Medical and sanitary report of the native army of Bengal for the year
Year: 1877
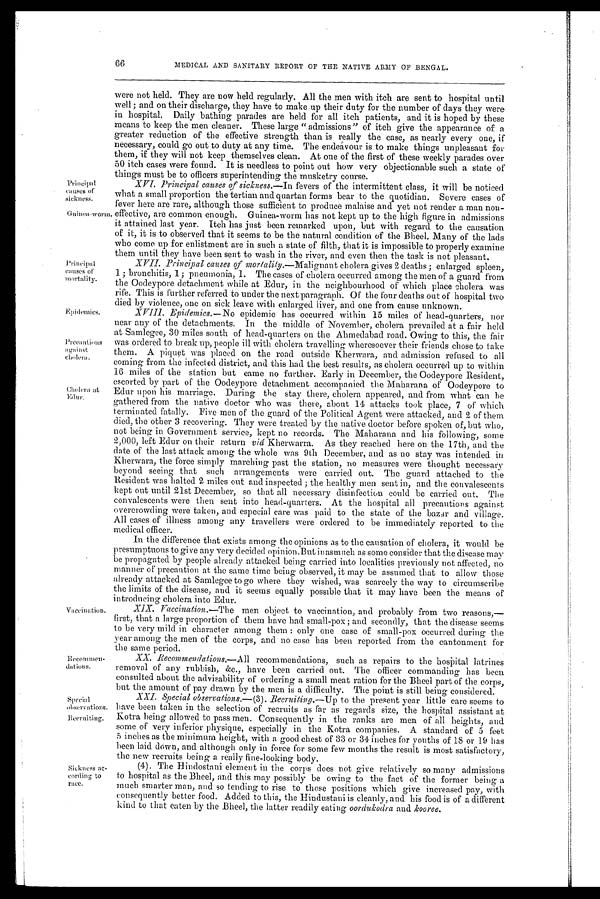
Principal
causes of
sickness.
Epidemics.
Precantions
against
cholera.
Special
observations.
Recruiting.
66
MEDICAL AND SANITARY REPORT OF THE NATIVE ARMY OF BENGAL.
Principal
causes of
mortality.
Cholera at Edur.
were not held. They are now held regularly. All the men with itch are sent to hospital until
well; and on their discharge, they have to make up their duty for the number of days they were
in hospital. Daily bathing parades are held for all itch patients, and it is hoped by these
means to keep the men cleaner. These large "admissions" of itch give the appearance of a
greater reduction of the effective strength than is really the case, as nearly every one, if
necessary, could go out to duty at any time. The endeavour is to make things unpleasant for
them, if they will not keep themselves clean. At one of the first of these weekly parades over
50 itch cases were found. It is needless to point out how very objectionable such a state of
things must be to officers superintending the musketry course.
XVI. Principal causes of sickness.— In fevers of the intermittent class, it will be noticed
what a small proportion the tertian and quartan forms bear to the quotidian. Severe cases of
fever here are rare, although those sufficient to produce malaise and yet not render a man non
-effective, are common enough. Guinea-worm has not kept up to the high figure in admissions
it attained last year. Itch has just been remarked upon, but with regard to the causation
of it, it is to observed that it seems to be the natural condition of the Bheel. Many of the lads
who come up for enlistment are in such a state of filth, that it is impossible to properly examine
them until they have been sent to wash in the river, and even then the task is not pleasant.
XVII. Principal causes of mortalily.—Malignant cholera gives 2 deaths; enlarged spleen,
1; bronchitis, 1; pneumonia, 1. The cases of cholera occurred among the men of a guard from
the Oodeypore detachment while at Edur, in the neighbourhood of which place cholera was
rife. This is further referred to under the next paragraph. Of the four deaths out of hospital two
died by violence, one on sick leave with enlarged liver, and one from cause unknown.
XVIII. Epidemics.—No e pidemic has occurred within 15 miles of head-quarters, nor
near any of the detachments. In the middle of November, cholera prevailed at a fair held
at Samlegee, 30 miles south of head-quarters on the Ahmedabad road. Owing to this, the fair
was ordered to break up, people ill with cholera travelling wheresoever their friends chose to take
them. A piquet was placed on the road outside Kherwara, and admission refused to all
coming from the infected district, and this had the best results, as cholera occurred up to within
16 miles of the station but came no further. Early in December, the Oodeypore Resident,
escorted by part of the Oodeypore detachment accompanied the Maharana of Oodeypore to
Edur upon his marriage. During the stay there, cholera appeared, and from what can be
gathered from the native doctor who was there, about 14 attacks took place, 7 of which
terminated fatally. Five men of the guard. of the Political Agent were attacked, and 2 of them
died, the other 3 recovering. They were treated by the native doctor before spoken of, but who,
not being in Government service, kept no records. The Maharana and his following, some
2,000, left Edur on their return via Kherwarra. As they reached here on the 17th, and the
date of the last attack among the whole was 9th December, and as no stay was intended in
Kherwara, the force simply marching past the station, no measures were thought necessary
beyond seeing that such arrangements were carried out. The guard attached to the
Resident was halted 2 miles out and inspected; the healthy men sent in, and the convalescents
kept out until 21st December, so that all necessary disinfection could be carried out. The
convalescents were then sent into head-quarters. At the hospital all precautions against
overcrowding were taken, and especial care was paid to the state of the bazar and village.
All cases of illness among any travellers were ordered to be immediately reported to the
medical officer.
Vaccination.
Recommen-
dations.
In the difference that exists among the opinions as to the causation of cholera, it would be
presumptuous to give any very decided opinion. But inasmuch as some consider that the disease may
be propagated by people already attacked being carried into localities previously not affected, no
manner of precaution at the same time being observed, it may be assumed that to allow those
already attacked at Samlegee to go where they wished, was scarcely the way to circumscribe
the limits of the disease, and it seems equally possible that it may have been the means of
introducing cholera into Edur.
XIX. Vaccination.—The men object to vaccination, and probably from two reasons,—
first, that a large proportion of them have had small-pox; and secondly, that the disease seems
to be very mild in character among them: only one case of small-pox occurred during the
year among the men of the corps, and no case has been reported from the cantonment for
the same period.
XX. Recommendations,—All recommendations, such as repairs to the hospital latrines
removal of any rubbish, &c., have been carried out. The officer commanding has been
consulted about the advisability of ordering a small meat ration for the Bheel part of the corps,
but the amount of pay drawn by the men is a difficulty. The point is still being considered.
XXI. Special observations.— (3). Recruiting.—Up to the present year little care seems to
have been taken in the selection of recruits as far as regards size, the hospital assistant at
Kotra being allowed to pass men. Consequently in the ranks are men of all heights, and
some of very inferior physique, especially in the Kotra companies. A standard of 5 feet
5 inches as the minimum height, with a good chest of 33 or 34 inches for youths of 18 or 19 has
been laid down, and although only in force for some few months the result is most satisfactory,
the new recruits being a really fine-looking body.
Sickness
ac-
cording to
race.
(4). The Hindostani element in the corps does not give relatively so many admissions
to hospital as the Bheel, and this may possibly be owing to the fact of the former being a
much smarter man, and so tending to rise to those positions which give increased pay, with
consequently better food. Added to this, the Hindustani is cleanly, and his food is of a different
kind to that eaten by the Bheel, the latter readily eating oordukodra and kooree.